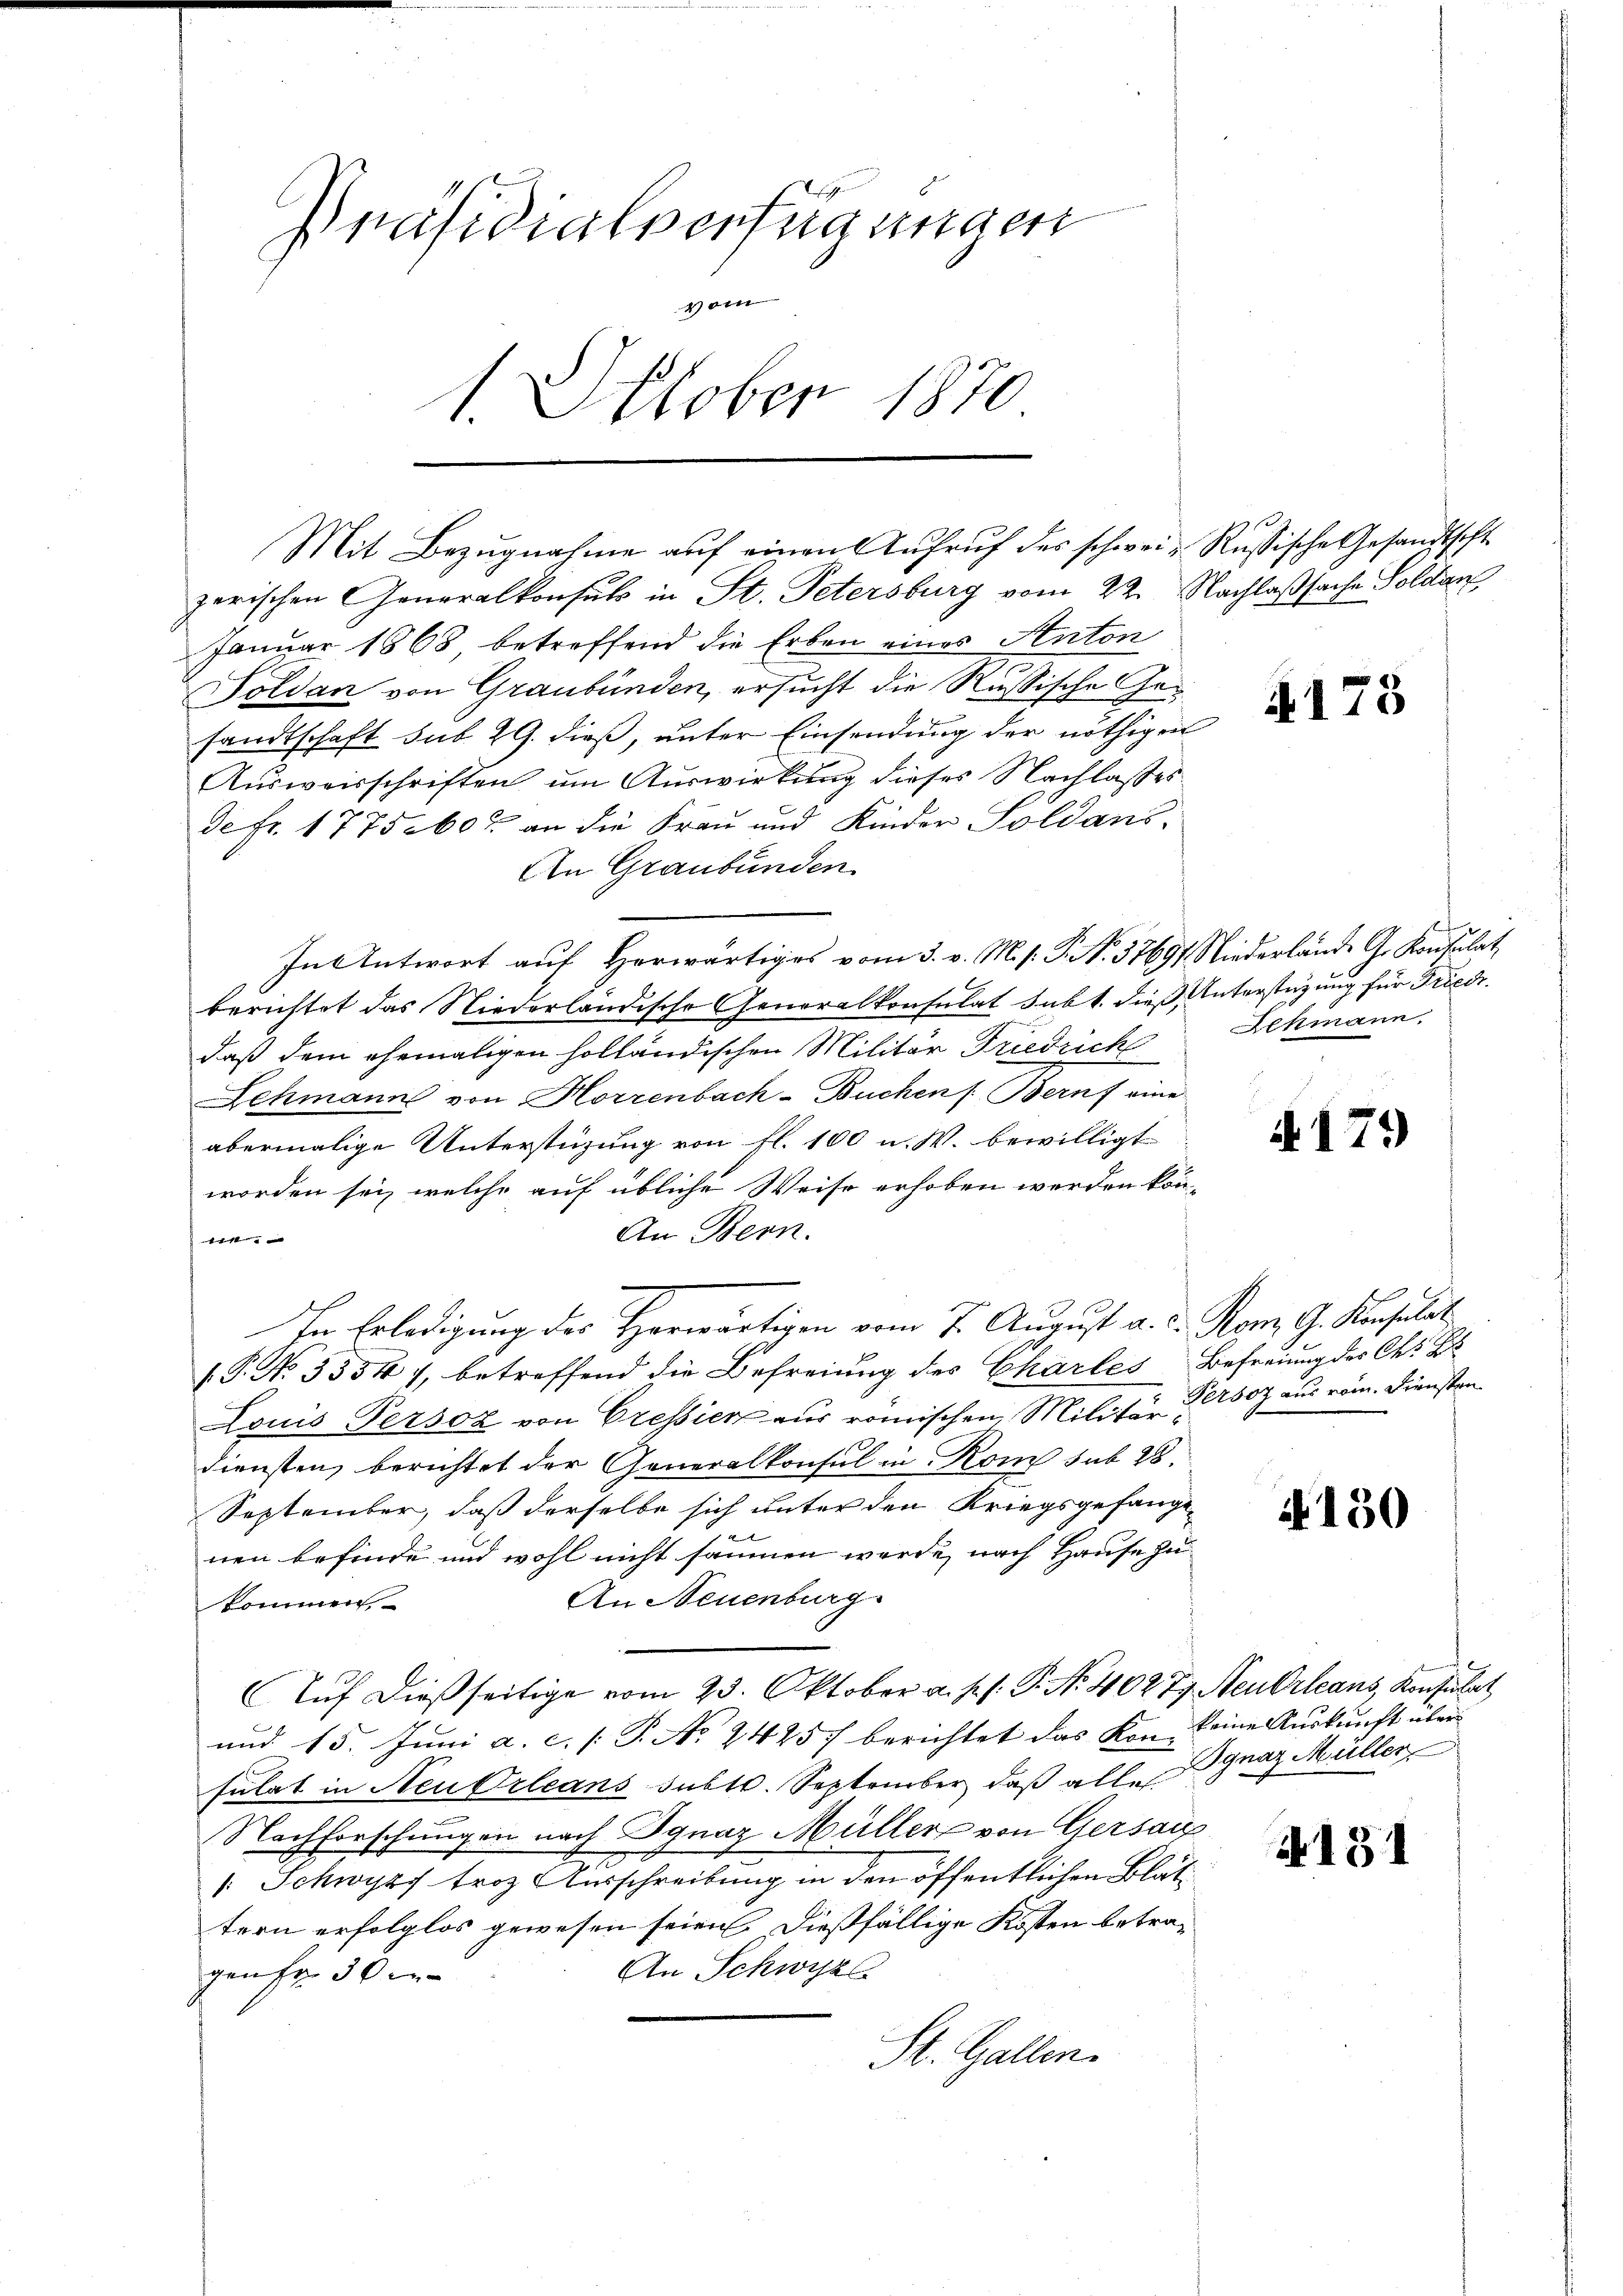
Präsidialverfügungen
490
1. Oktober 1870

zerischen Generalkonsuls in St. Petersburg vom 22. Nachlaßsache Soldan
Januar 1868 betreffend die Erben eines Anton
Soldan von Graubünden, ersucht die Russische Gesandtschaft sub 29. dieß, unter Einsendung der nöthigen
Ausweisschriften um Auswirkung dieses Nachlasses
de Fr. 1775 60 an die Frau und Kinder Soldans
An Graubünden
In Antwort auf Herwärtiges vom 3. v. M. s. S. Nr. 57697 Niederlände G. Konsulat
berichtet das Niederländische Generalkonsulat subt. die Unterstützung für Friedidaß dem ehemaligen holländischen Militär Friedrich
Schmann von Korrenbach-Buchen /: Beruf eine
abermalige Unterstüzung von fl. 100 u. W. bewilligt.
worden sei, welche auf übliche Weise erhoben werden kön¬
An Bern.
ti
In Erledigung des Herwärtigen vom 7. August a. c. Konz. G. Konsulat
(P. No. 53541, betreffend die Befreiung des Chartes Befreiung des Ch. B
Louis-Persoz von Cressier aus römischen Militär
diensten, berichtet der Generalkonsul in Rom sub 28.
September, daß derselbe sich unter den Kriegsgefangenen befinde und wohl nicht säumen werde, nach Hause zu
An Neuenburg
kommen
Aŭf dießseitige vom 23. Oktober a. p. s. P. Nr. 402 Ty Neubrleans Konsulat
und 15. Juni a. c. (T. No 2425 berichtet das Kon, keine Auskunft über
sulat in Neu Orleans subto. September, daß alles
Nachforschungen nach Ignaz Müller von Gersatz
. Schwyz troz Ausschreibung in den öffentlichen Blät
tern erfolglos gewesen seien. Dießfällige Kosten betra¬
An Schwyzl
gen fr. 30.
St. Gallen.

Mit Bezugnahme auf einen Aufruf des schwei- Russische Gesandtscht

4173

Lehmann.

179

Persoz aus vom Diensten.

4130

Ignaz Müller

131